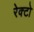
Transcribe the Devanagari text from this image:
रेक्टो